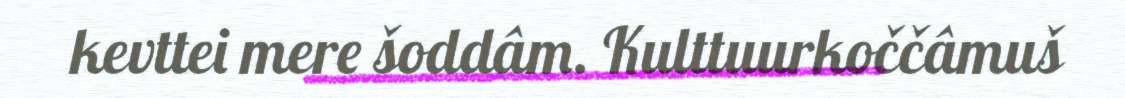
kevttei mere šoddâm. Kulttuurkoččâmuš